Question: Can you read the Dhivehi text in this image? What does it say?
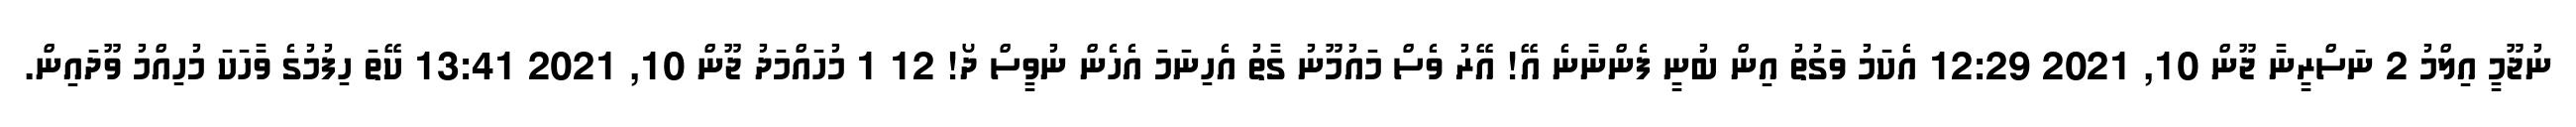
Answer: ނުޖޫމީ އިލްމު 2 ނަސްރީނާ ޖޫން 10, 2021 12:29 އެކަމު ވަގުތު އިން ބުނީ ފެންނާނެ އޭ! އޭރު ވެސް މައުމޫނު ގާތު އެހިނަމަ އެހެން ނުވީސް ދޯ! 12 1 މުހައްމަދު ޖޫން 10, 2021 13:41 ކޭތަ ހިފުމުގެ ވާހަކަ މުހިއްމު ވޫދައިން.